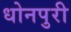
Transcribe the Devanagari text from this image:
धोनपुरी